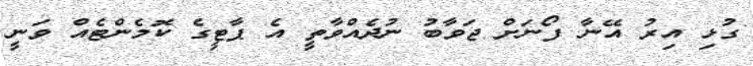
ގުޅި އިރު އޭނާ ފޯނަށް ޖަވާބު ނުދެއްވާތީ އެ ޕާޓީގެ ކޮމެންޓެއް ވަނީ